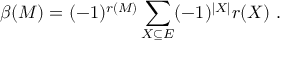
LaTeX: \beta ( M ) = ( - 1 ) ^ { r ( M ) } \sum _ { X \subseteq E } ( - 1 ) ^ { | X | } r ( X ) \ .